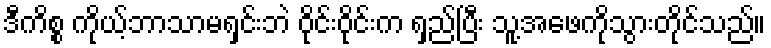
ဒီကိစ္စ ကိုယ့်ဘာသာမရှင်းဘဲ ဝိုင်းဝိုင်းက ရှည်ပြီး သူ့အဖေကိုသွားတိုင်သည်။